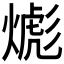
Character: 𱬂